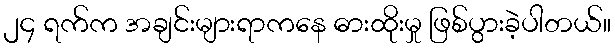
၂၄ ရက်က အချင်းများရာကနေ ဓားထိုးမှု ဖြစ်ပွားခဲ့ပါတယ်။